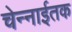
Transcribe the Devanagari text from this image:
चेन्नाईतक